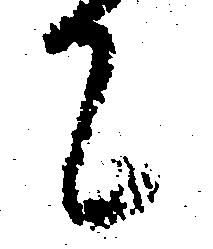
て